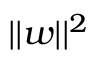
| | w | | ^ { 2 }